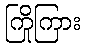
ကြိုကြား